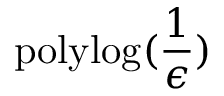
\mathrm { p o l y l o g } ( \frac { 1 } { \epsilon } )